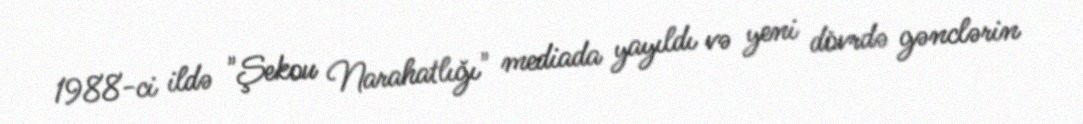
1988-ci ildə "Şekou Narahatlığı" mediada yayıldı və yeni dövrdə gənclərin